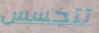
تتجسس